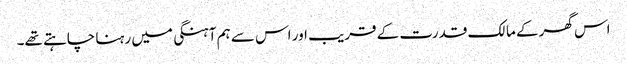
اس گھر کے مالک قدرت کے قریب اور اس سے ہم آہنگی میں رہنا چاہتے تھے۔